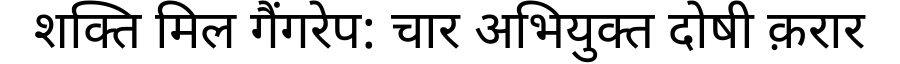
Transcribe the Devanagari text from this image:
शक्ति मिल गैंगरेप: चार अभियुक्त दोषी क़रार